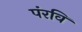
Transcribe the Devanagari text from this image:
पंरवि